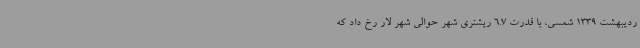
ردیبهشت 1339 شمسی، با قدرت 6.7 ریشتری شهر حوالی شهر لار رخ داد که